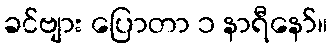
ခင်ဗျား ပြောတာ ၁ နာရီနော်။